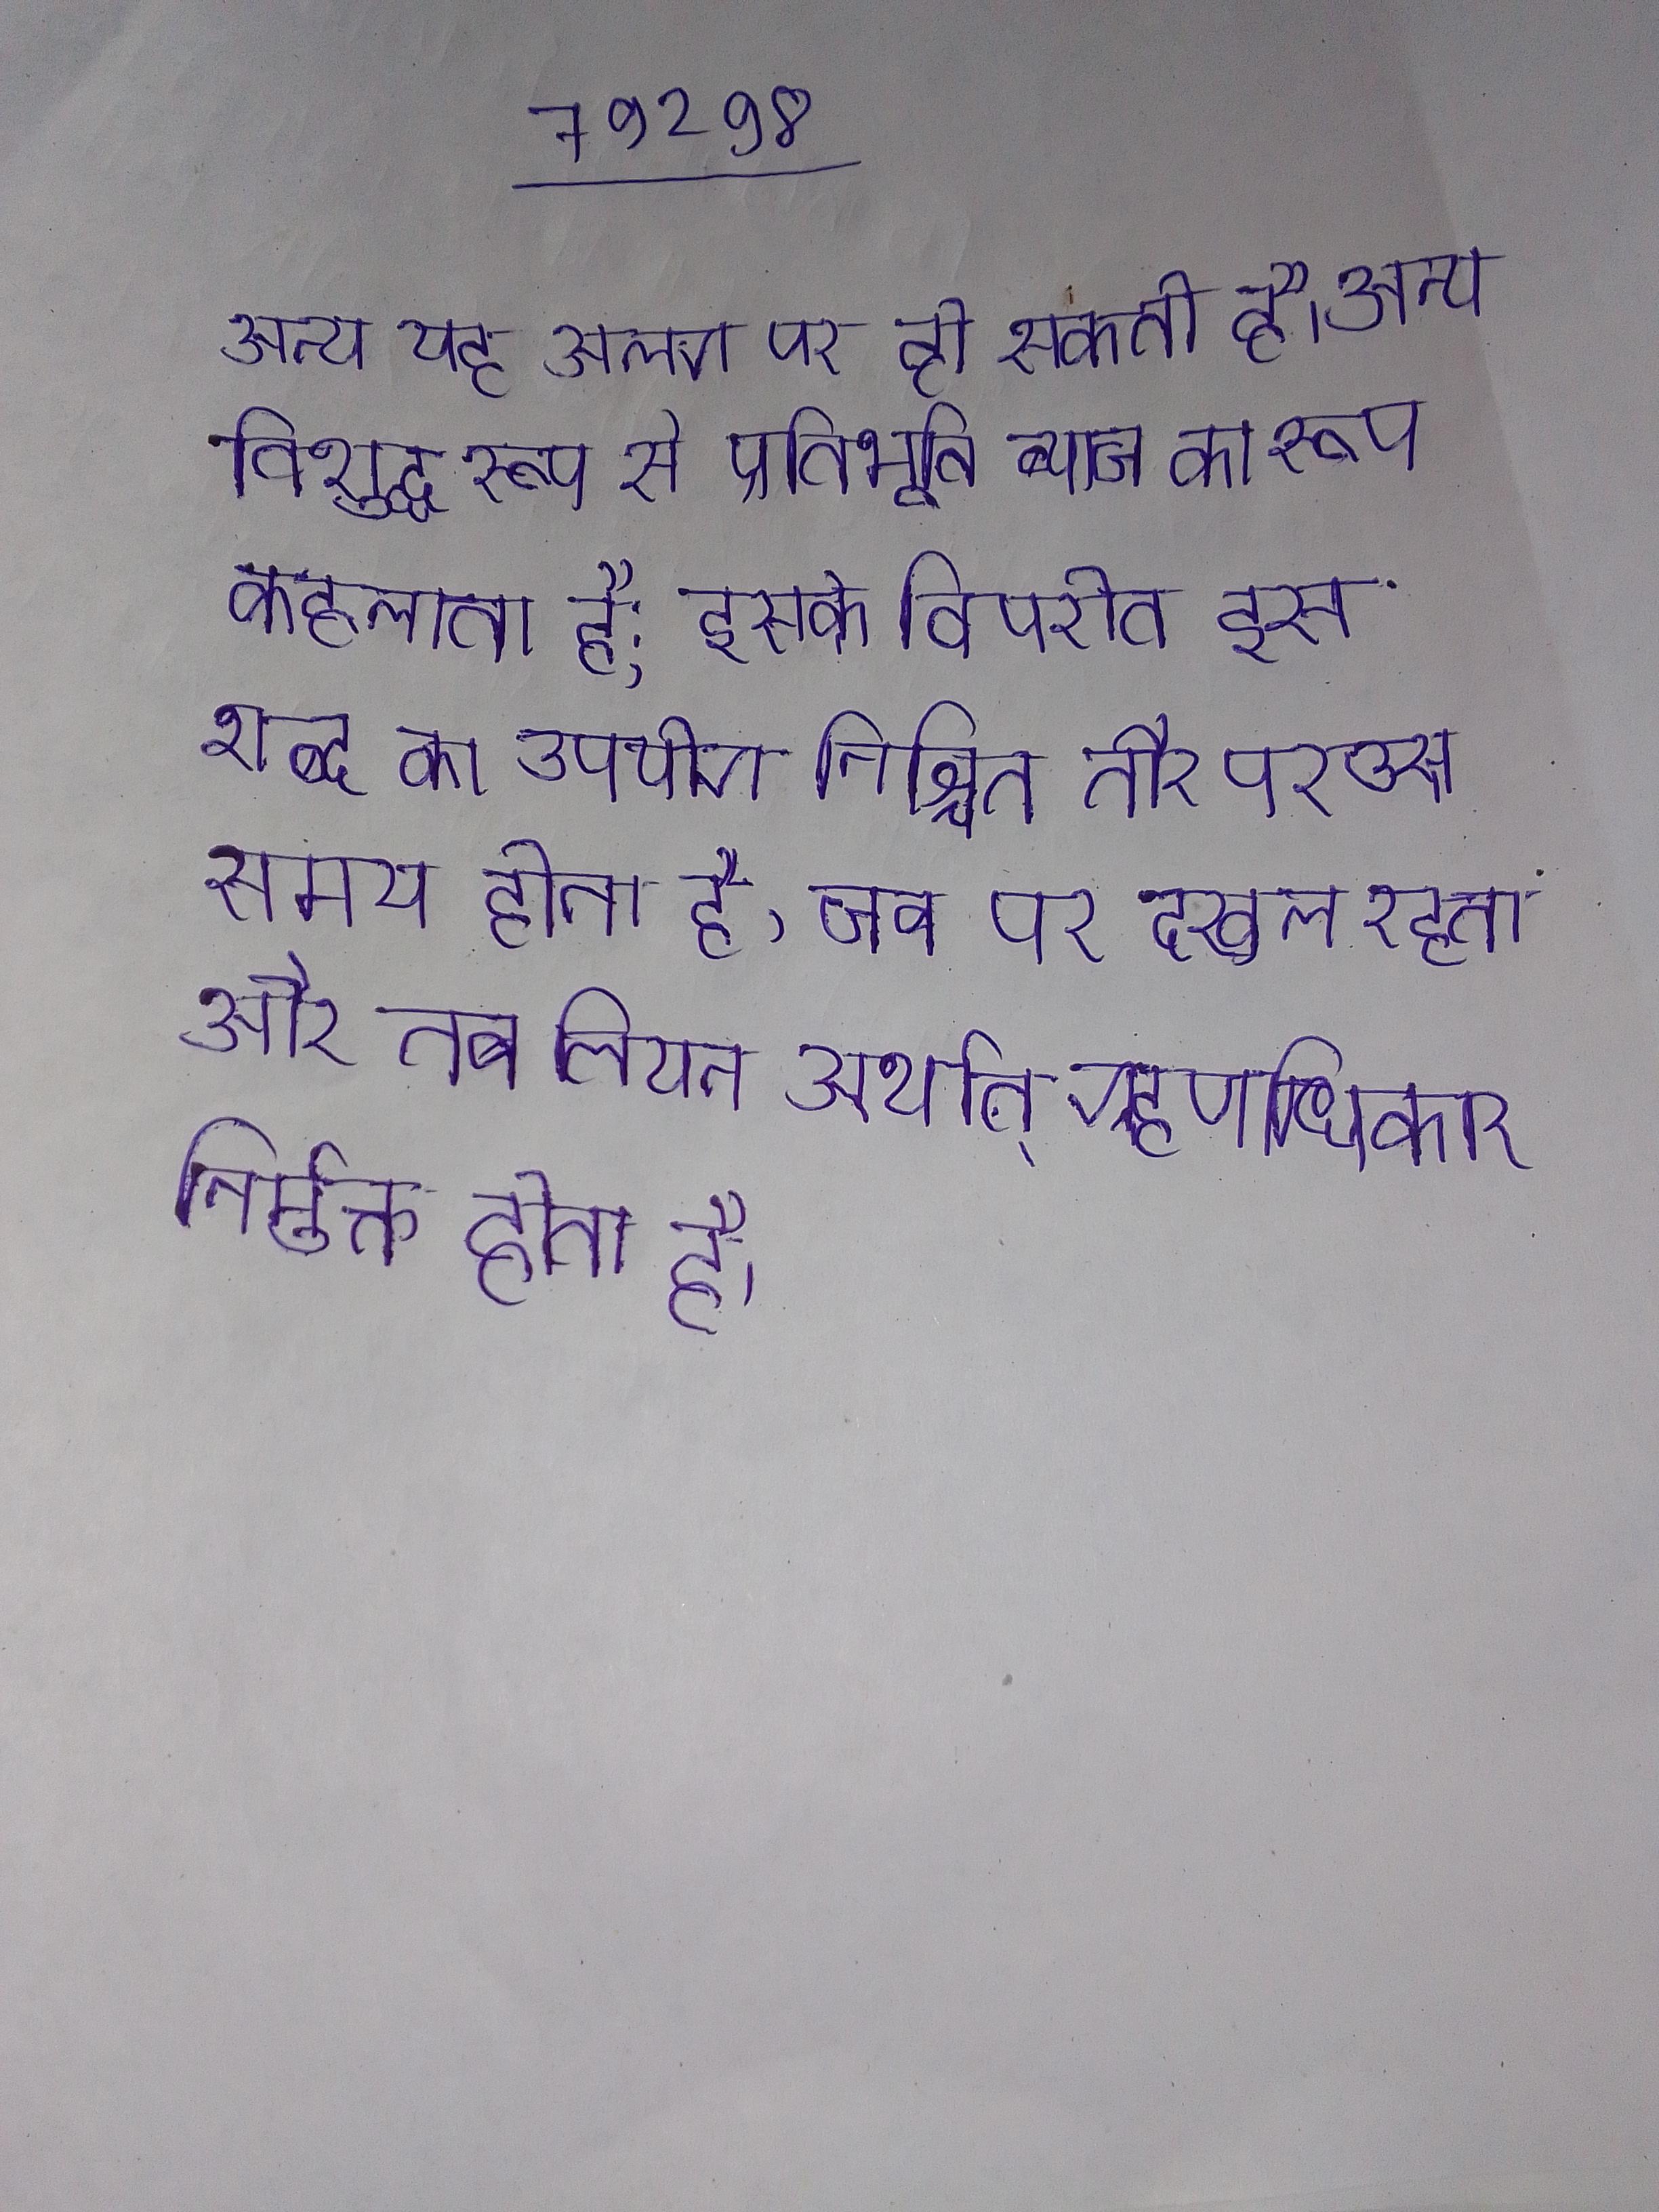
अन्य यह अलग पर हो सकती है । अन्य विशुद्ध रूप से प्रतिभूति ब्याज का रूप कहलाता है; इसके विपरीत इस शब्द का उपयोग निश्चित तौर पर उस समय होता है, जब पर दखल रहता और तब लियन अर्थात् ग्रहणाधिकार निर्मुक्त होता है ।